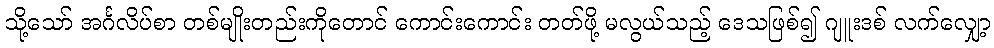
သို့သော် အင်္ဂလိပ်စာ တစ်မျိုးတည်းကိုတောင် ကောင်းကောင်း တတ်ဖို့ မလွယ်သည့် ဒေသဖြစ်၍ ဂျူးဒစ် လက်လျှော့